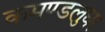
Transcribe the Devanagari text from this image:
कमण्डलुधर